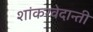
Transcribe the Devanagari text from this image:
शांकरवेदान्ती